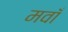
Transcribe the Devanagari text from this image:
मवाँ